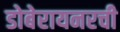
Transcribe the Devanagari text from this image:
डोबेरायनरची